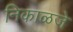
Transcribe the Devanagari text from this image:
निकाळजे